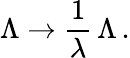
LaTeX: \Lambda\to\frac{1}{\lambda}\, \Lambda\, .